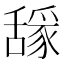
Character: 𰰈